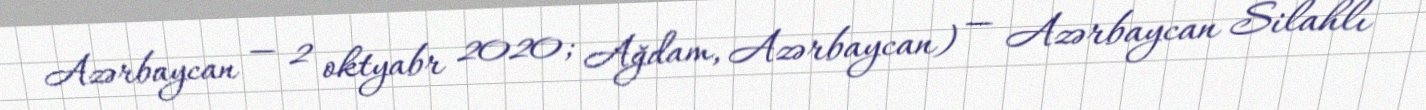
Azərbaycan — 2 oktyabr 2020; Ağdam, Azərbaycan) — Azərbaycan Silahlı